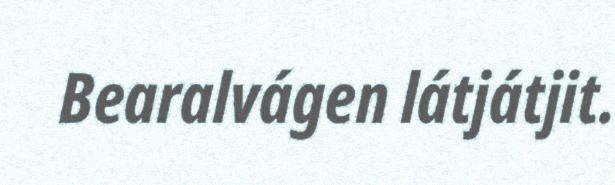
Bearalvágen látjátjit.